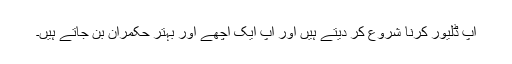
آپ ڈلیور کرنا شروع کر دیتے ہیں اور آپ ایک اچھے اور بہتر حکمران بن جاتے ہیں۔